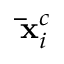
\mathbf { \bar { x } } _ { i } ^ { c }